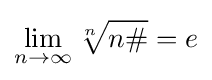
\lim _{n\to \infty }{\sqrt[{n}]{n\#}}=e